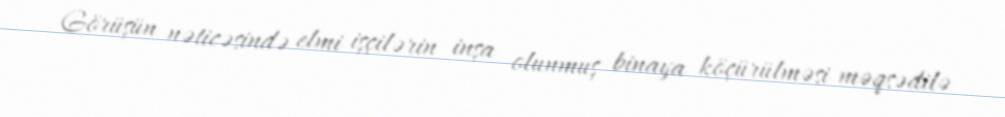
Görüşün nəticəsində elmi işçilərin inşa olunmuş binaya köçürülməsi məqsədilə